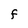
Character: F